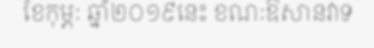
ខែកុម្ភៈ ឆ្នាំ២០១៩នេះ ខណៈឱសានវាទ